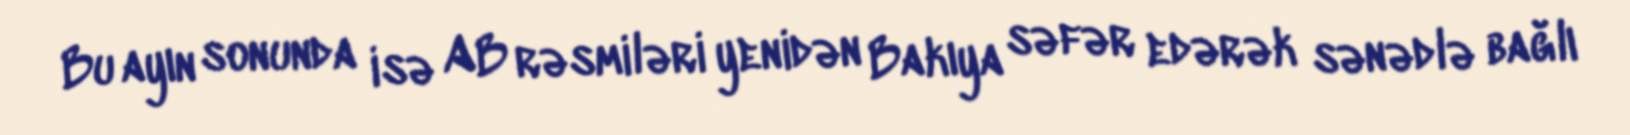
Bu ayın sonunda isə AB rəsmiləri yenidən Bakıya səfər edərək sənədlə bağlı